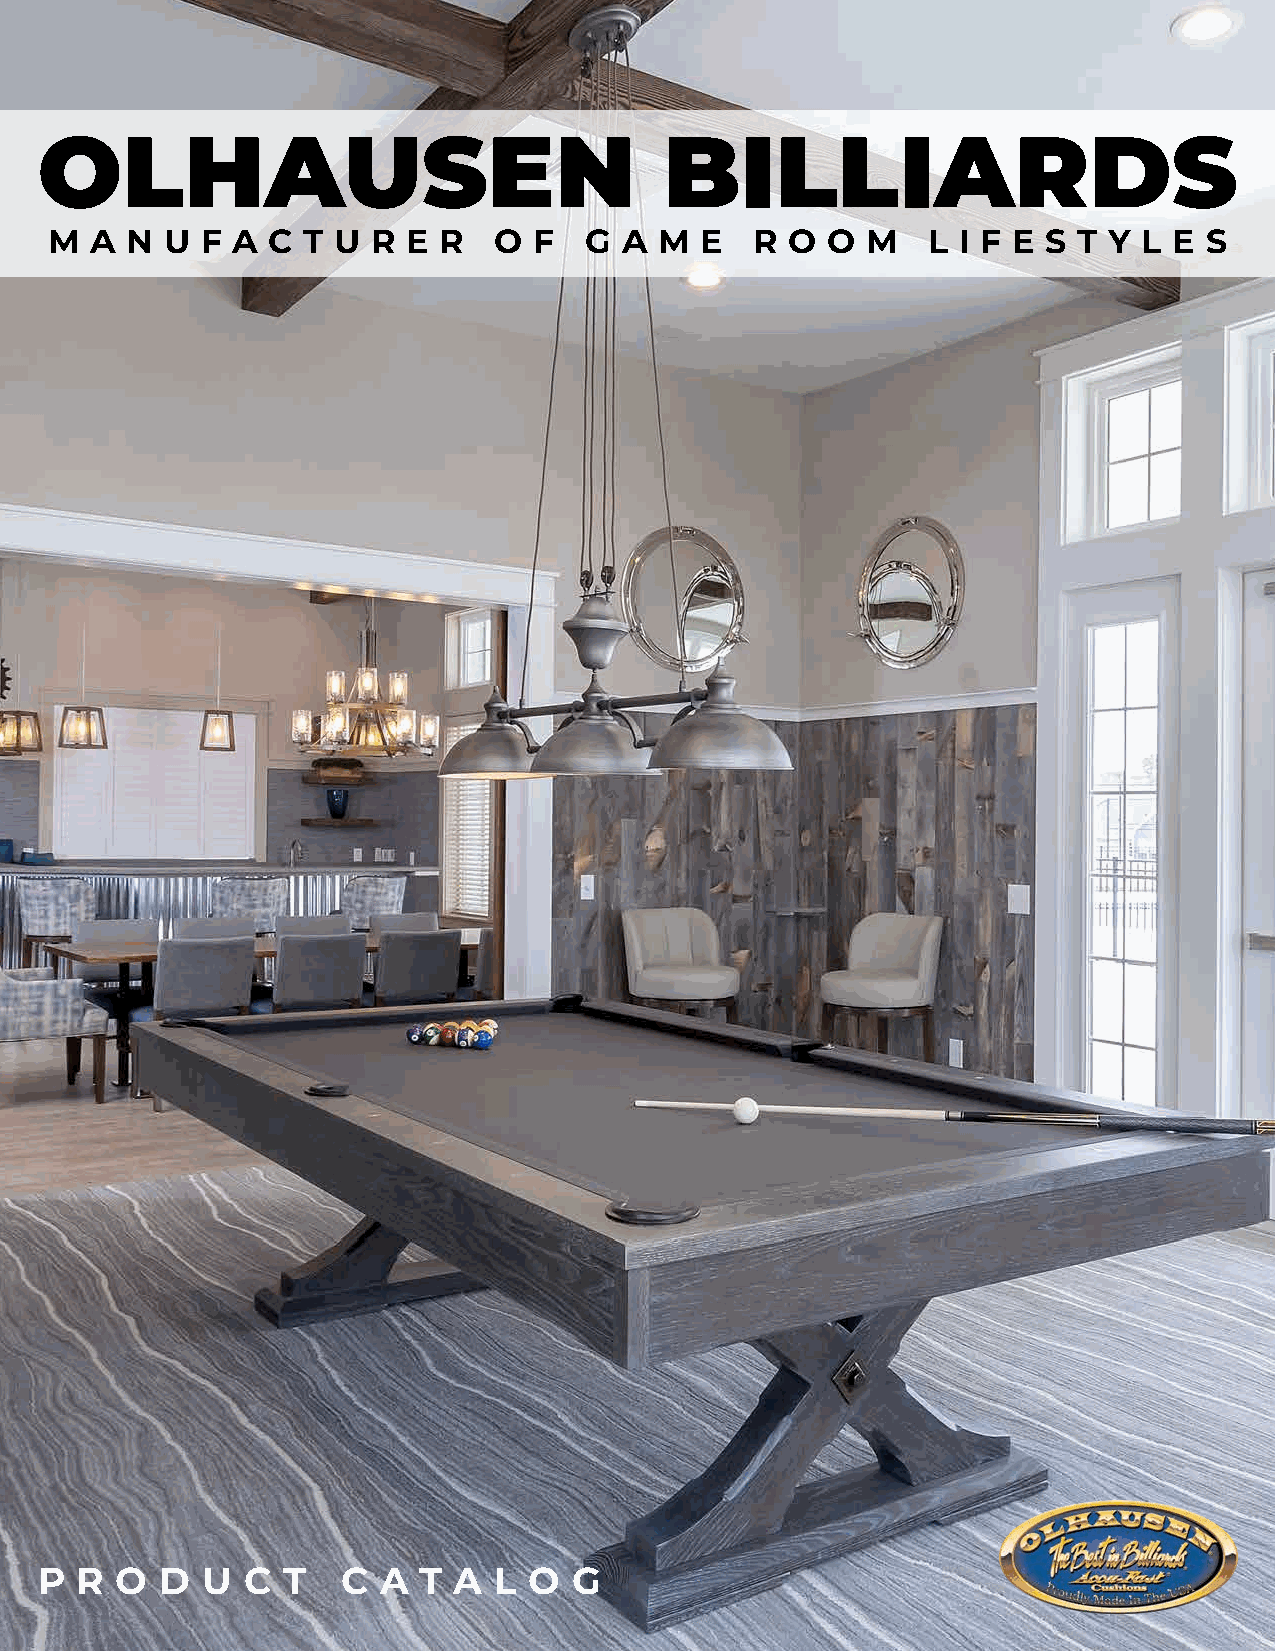
OLHAUSEN                                  BILLIARDS
 M  A N  U F A  C T U  R E R   O F   G A  M E   R O  O M   L  I F E S T Y L E S
 P  R  O  D U  C  T   C A  T A  L O  G
 © 2021 OLHAUSEN BILLIARD MANUFACTURING 1